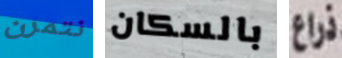
نتمرن بالسكان ذراع